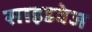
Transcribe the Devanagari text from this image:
साइडवेज